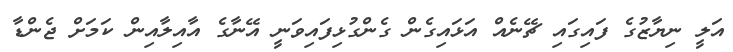
އަލީ ނިޔާޒުގެ ފައިގައި ޗޭނެއް އަޅައިގެން ގެންގުޅިފައިވަނީ އޭނާގެ އާއިލާއިން ކަމަށް ޖެންޑާ